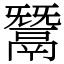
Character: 鬵